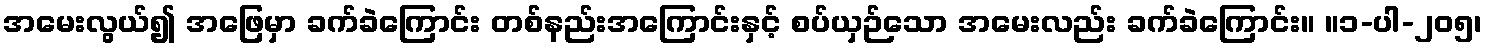
အမေးလွယ်၍ အဖြေမှာ ခက်ခဲကြောင်း တစ်နည်းအကြောင်းနှင့် စပ်ယှဉ်သော အမေးလည်း ခက်ခဲကြောင်း။ ။၁-ပါ-၂၀၅၊